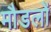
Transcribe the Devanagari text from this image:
मौडलों